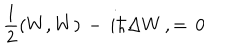
LaTeX: { \frac { 1 } { 2 } } ( W , W ) \, - \, i \hbar \Delta W \, , = \, 0